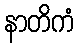
နာတိကံ